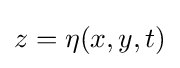
z=\eta (x,y,t)